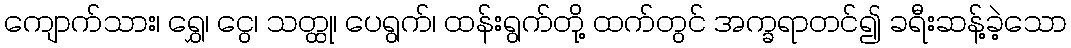
ကျောက်သား၊ ရွှေ၊ ငွေ၊ သတ္ထု၊ ပေရွက်၊ ထန်းရွက်တို့ ထက်တွင် အက္ခရာတင်၍ ခရီးဆန့်ခဲ့သော